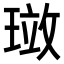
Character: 𪼂